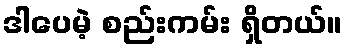
ဒါပေမဲ့ စည်းကမ်း ရှိတယ်။